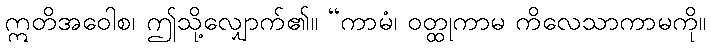
ဣတိအဝေါစ၊ ဤသို့လျှောက်၏။ “ကာမံ၊ ဝတ္ထုကာမ ကိလေသာကာမကို။